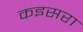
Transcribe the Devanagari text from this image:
कइसरा